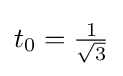
{\textstyle t_{0}={\frac {1}{\sqrt {3}}}}